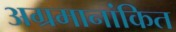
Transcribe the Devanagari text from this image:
अग्रमानांकित